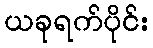
ယခုရက်ပိုင်း